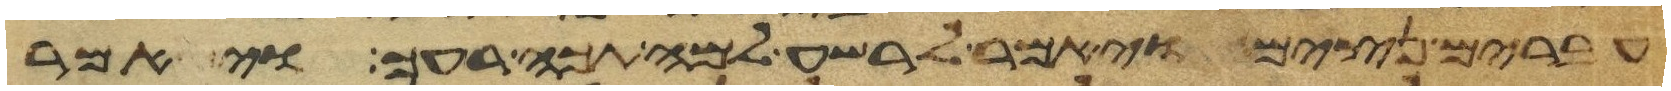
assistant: עברים נצים ויאמר לרשע למה תכה רעך ויאמר